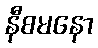
နီစမနော